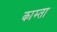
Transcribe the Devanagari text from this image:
काम्ता